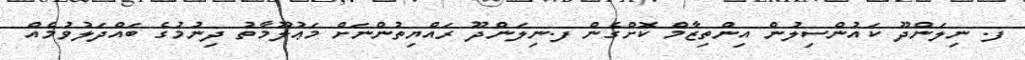
ފ. ނިލަންދޫ ކައުންސިލުން އިންތިޒާމް ކޮށްގެން ފ.ނިލަންދޫ ރައްޔިތުންނަށް މަޢުލޫމާތު ދިނުމުގެ ބައްދަލުވުމެއް